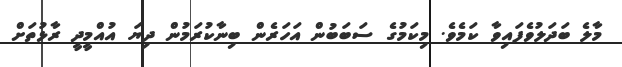
މާލެ ބަދަލުވެފައިވާ ކަމެވެ. މިކަމުގެ ސަބަބުން އަހަރެން ބިނާކުރަމުން ދިޔަ އުއްމީދީ ރާޅުތަށް